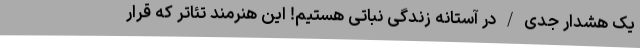
یک هشدار جدی / در آستانه زندگی نباتی هستیم! این هنرمند تئاتر که قرار